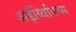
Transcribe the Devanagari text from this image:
अर्ढ़य्थिमिच्स